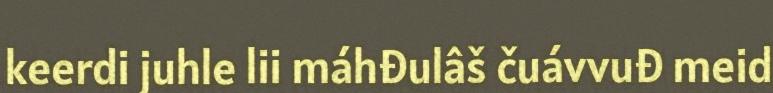
keerdi juhle lii máhđulâš čuávvuđ meid